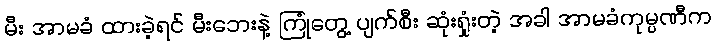
မီး အာမခံ ထားခဲ့ရင် မီးဘေးနဲ့ ကြုံတွေ့ ပျက်စီး ဆုံးရှုံးတဲ့ အခါ အာမခံကုမ္ပဏီက